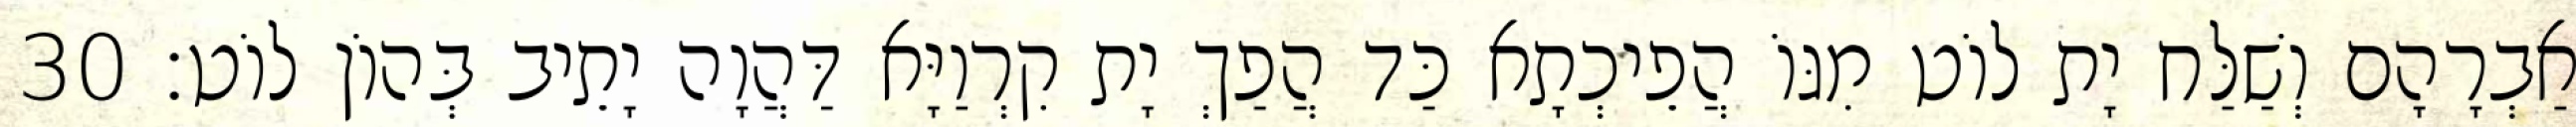
אַבְרָהָם וְשַׁלַּח יָת לוֹט מִגּוֹ הֲפֵיכְתָא כַּד הֲפַךְ יָת קִרְוַיָּא דַּהֲוָה יָתֵיב בְּהוֹן לוֹט׃ 30